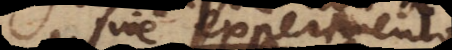
ipse experimento